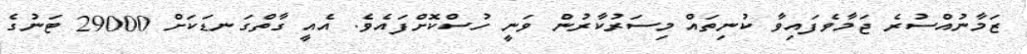
ޒަމާނުއްސުރެ ޖަމާވެފައިވާ ކުނިތައް މިސަރުކާރުން ވަނީ ހުސްކޮށްފައެވެ. އެއީ ގާތްގަނޑަކަށް 29000 ޓަނުގެ